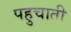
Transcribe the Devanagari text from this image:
पहुचाती